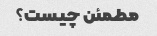
مطمئن چیست؟